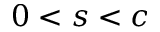
0 < s < c